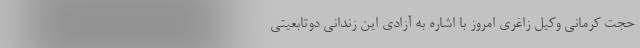
حجت کرمانی وکیل زاغری امروز با اشاره به آزادی این زندانی دوتابعیتی